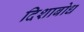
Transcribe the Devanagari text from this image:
दिशाबोध